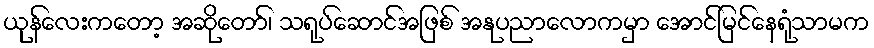
ယုန်လေးကတော့ အဆိုတော်၊ သရုပ်ဆောင်အဖြစ် အနုပညာလောကမှာ အောင်မြင်နေရုံသာမက